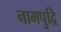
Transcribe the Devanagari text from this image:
नामपुद्रि